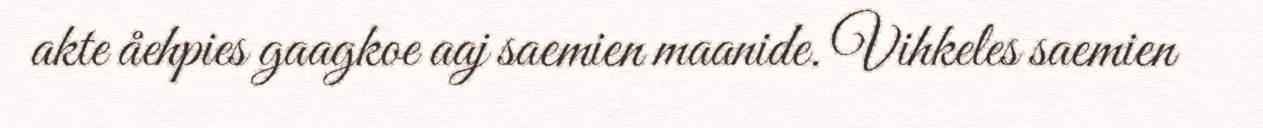
akte åehpies gaagkoe aaj saemien maanide. Vihkeles saemien